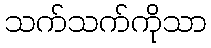
သက်သက်ကိုသာ